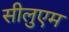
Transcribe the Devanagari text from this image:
सीलुएम